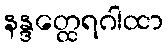
နန္ဒတ္ထေရဂါထာ